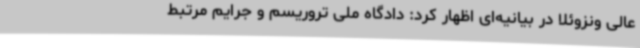
عالی ونزوئلا در بیانیه‌ای اظهار کرد: دادگاه ملی تروریسم و جرایم مرتبط